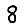
Digit: 8